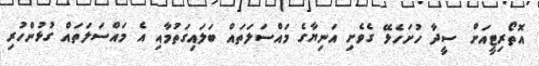
އޮތޯރިޓީއަށް ސީދާ ހުށަހެޅޭ ގެވެށި އަނިޔާގެ މައްސަލަތައް ބަލައިގަތުމާއި އެ މައްސަލަތައް ގުޅުންހުރި